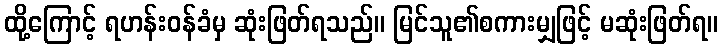
ထို့ကြောင့် ရဟန်းဝန်ခံမှ ဆုံးဖြတ်ရသည်။ မြင်သူ၏စကားမျှဖြင့် မဆုံးဖြတ်ရ။